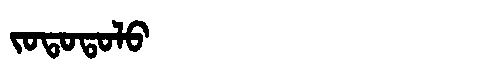
Manchu: ᠵᠣᡨᠣᡨᠣᠯᠣ
Romanization: JOTOTOLO